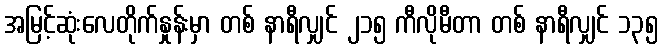
အမြင့်ဆုံးလေတိုက်နှုန်းမှာ တစ် နာရီလျှင် ၂၁၅ ကီလိုမီတာ တစ် နာရီလျှင် ၁၃၅